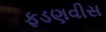
ફડણવીસ